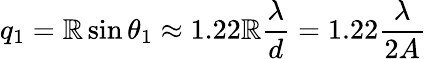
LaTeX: q_{1}=\mathbb{R}\sin\theta_{1}\approx1.22{\mathbb{R}}{\frac{{\lambda}}{{d}}}=1.22{\frac{{\lambda}}{{2A}}}